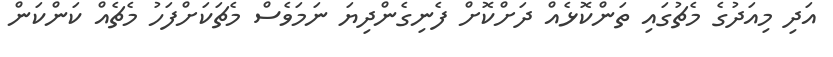
އަދި މިއަދުގެ މެޗުގައި ތަންކޮޅެއް ދަށްކޮށް ފެނިގެންދިޔަ ނަމަވެސް މެޗަކަށްފަހު މެޗެއް ކަންކަން